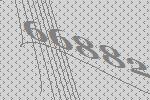
66882